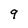
Character: 9